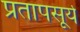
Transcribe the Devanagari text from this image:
प्रतापसूर्य